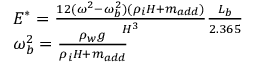
\begin{array} { l } { E ^ { * } = \frac { 1 2 ( \omega ^ { 2 } - \omega _ { b } ^ { 2 } ) ( \rho _ { i } H + m _ { a d d } ) } { H ^ { 3 } } \frac { L _ { b } } { 2 . 3 6 5 } } \\ { \omega _ { b } ^ { 2 } = \frac { \rho _ { w } g } { \rho _ { i } H + m _ { a d d } } } \end{array}